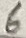
Text: 6